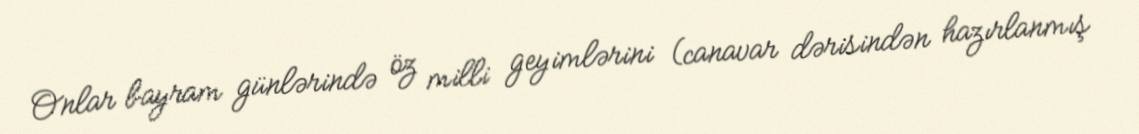
Onlar bayram günlərində öz milli geyimlərini (canavar dərisindən hazırlanmış